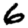
Digit: 6